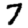
Digit: 7